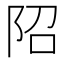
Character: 䧂